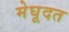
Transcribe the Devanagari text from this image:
मेघूदत